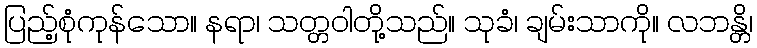
ပြည့်စုံကုန်သော။ နရာ၊ သတ္တဝါတို့သည်။ သုခံ၊ ချမ်းသာကို။ လဘန္တိ၊